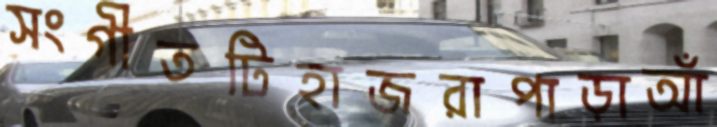
সংগীতটিহাজরাপাড়াআঁ